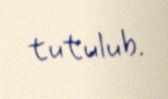
tutulub.